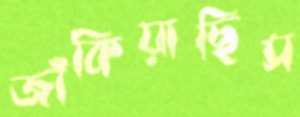
জাঁকিয়াছিস